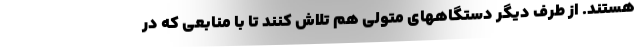
هستند. از طرف دیگر دستگاههای متولی هم تلاش کنند تا با منابعی که در